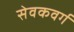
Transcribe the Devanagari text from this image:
सेवकवर्ग